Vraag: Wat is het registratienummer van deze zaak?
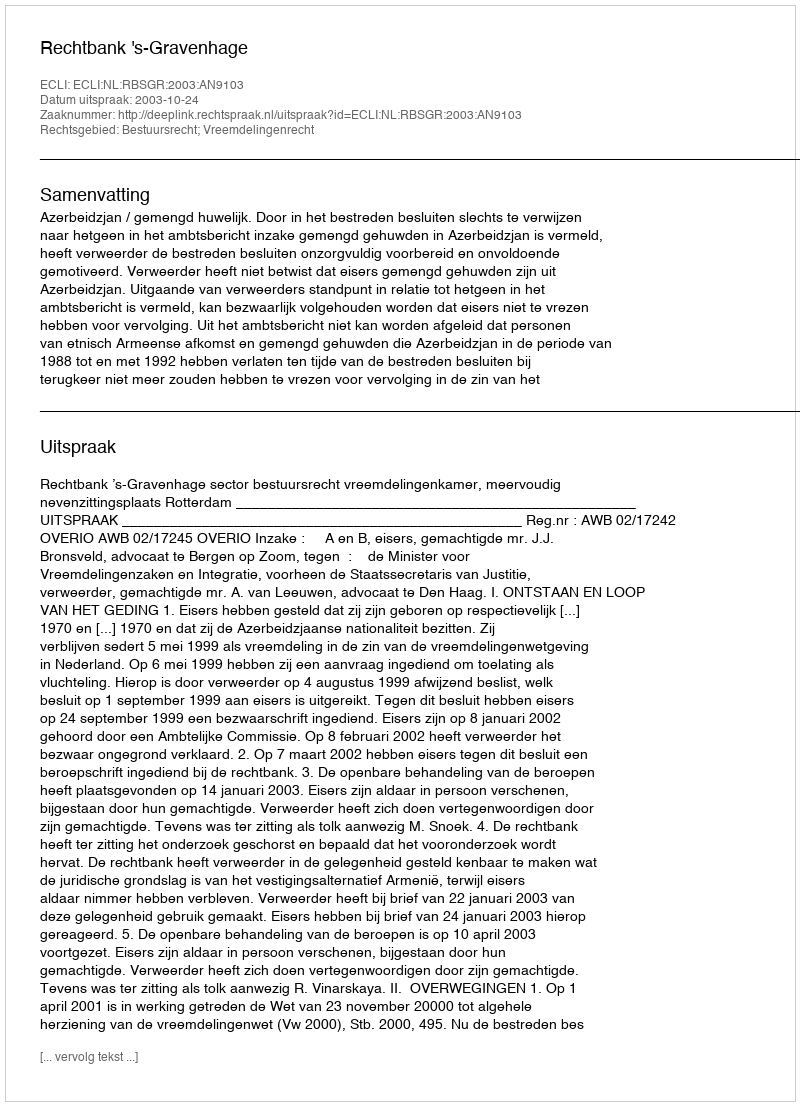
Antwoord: http://deeplink.rechtspraak.nl/uitspraak?id=ECLI:NL:RBSGR:2003:AN9103